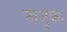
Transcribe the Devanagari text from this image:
नाजुका